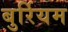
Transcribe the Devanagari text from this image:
बुर्रियम